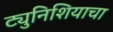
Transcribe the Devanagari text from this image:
ट्युनिशियाचा